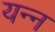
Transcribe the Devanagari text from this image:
यन्न